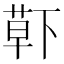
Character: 𮏱